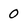
Character: 0